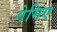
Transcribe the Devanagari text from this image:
गेमिए